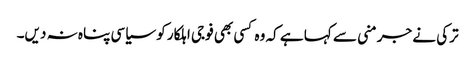
ترکی نے جرمنی سے کہا ہے کہ وہ کسی بھی فوجی اہلکار کو سیاسی پناہ نہ دیں۔